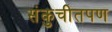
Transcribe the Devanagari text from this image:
संकुचीतपण